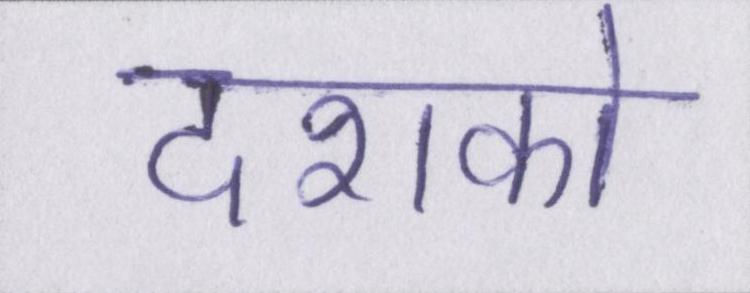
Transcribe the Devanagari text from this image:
दशको